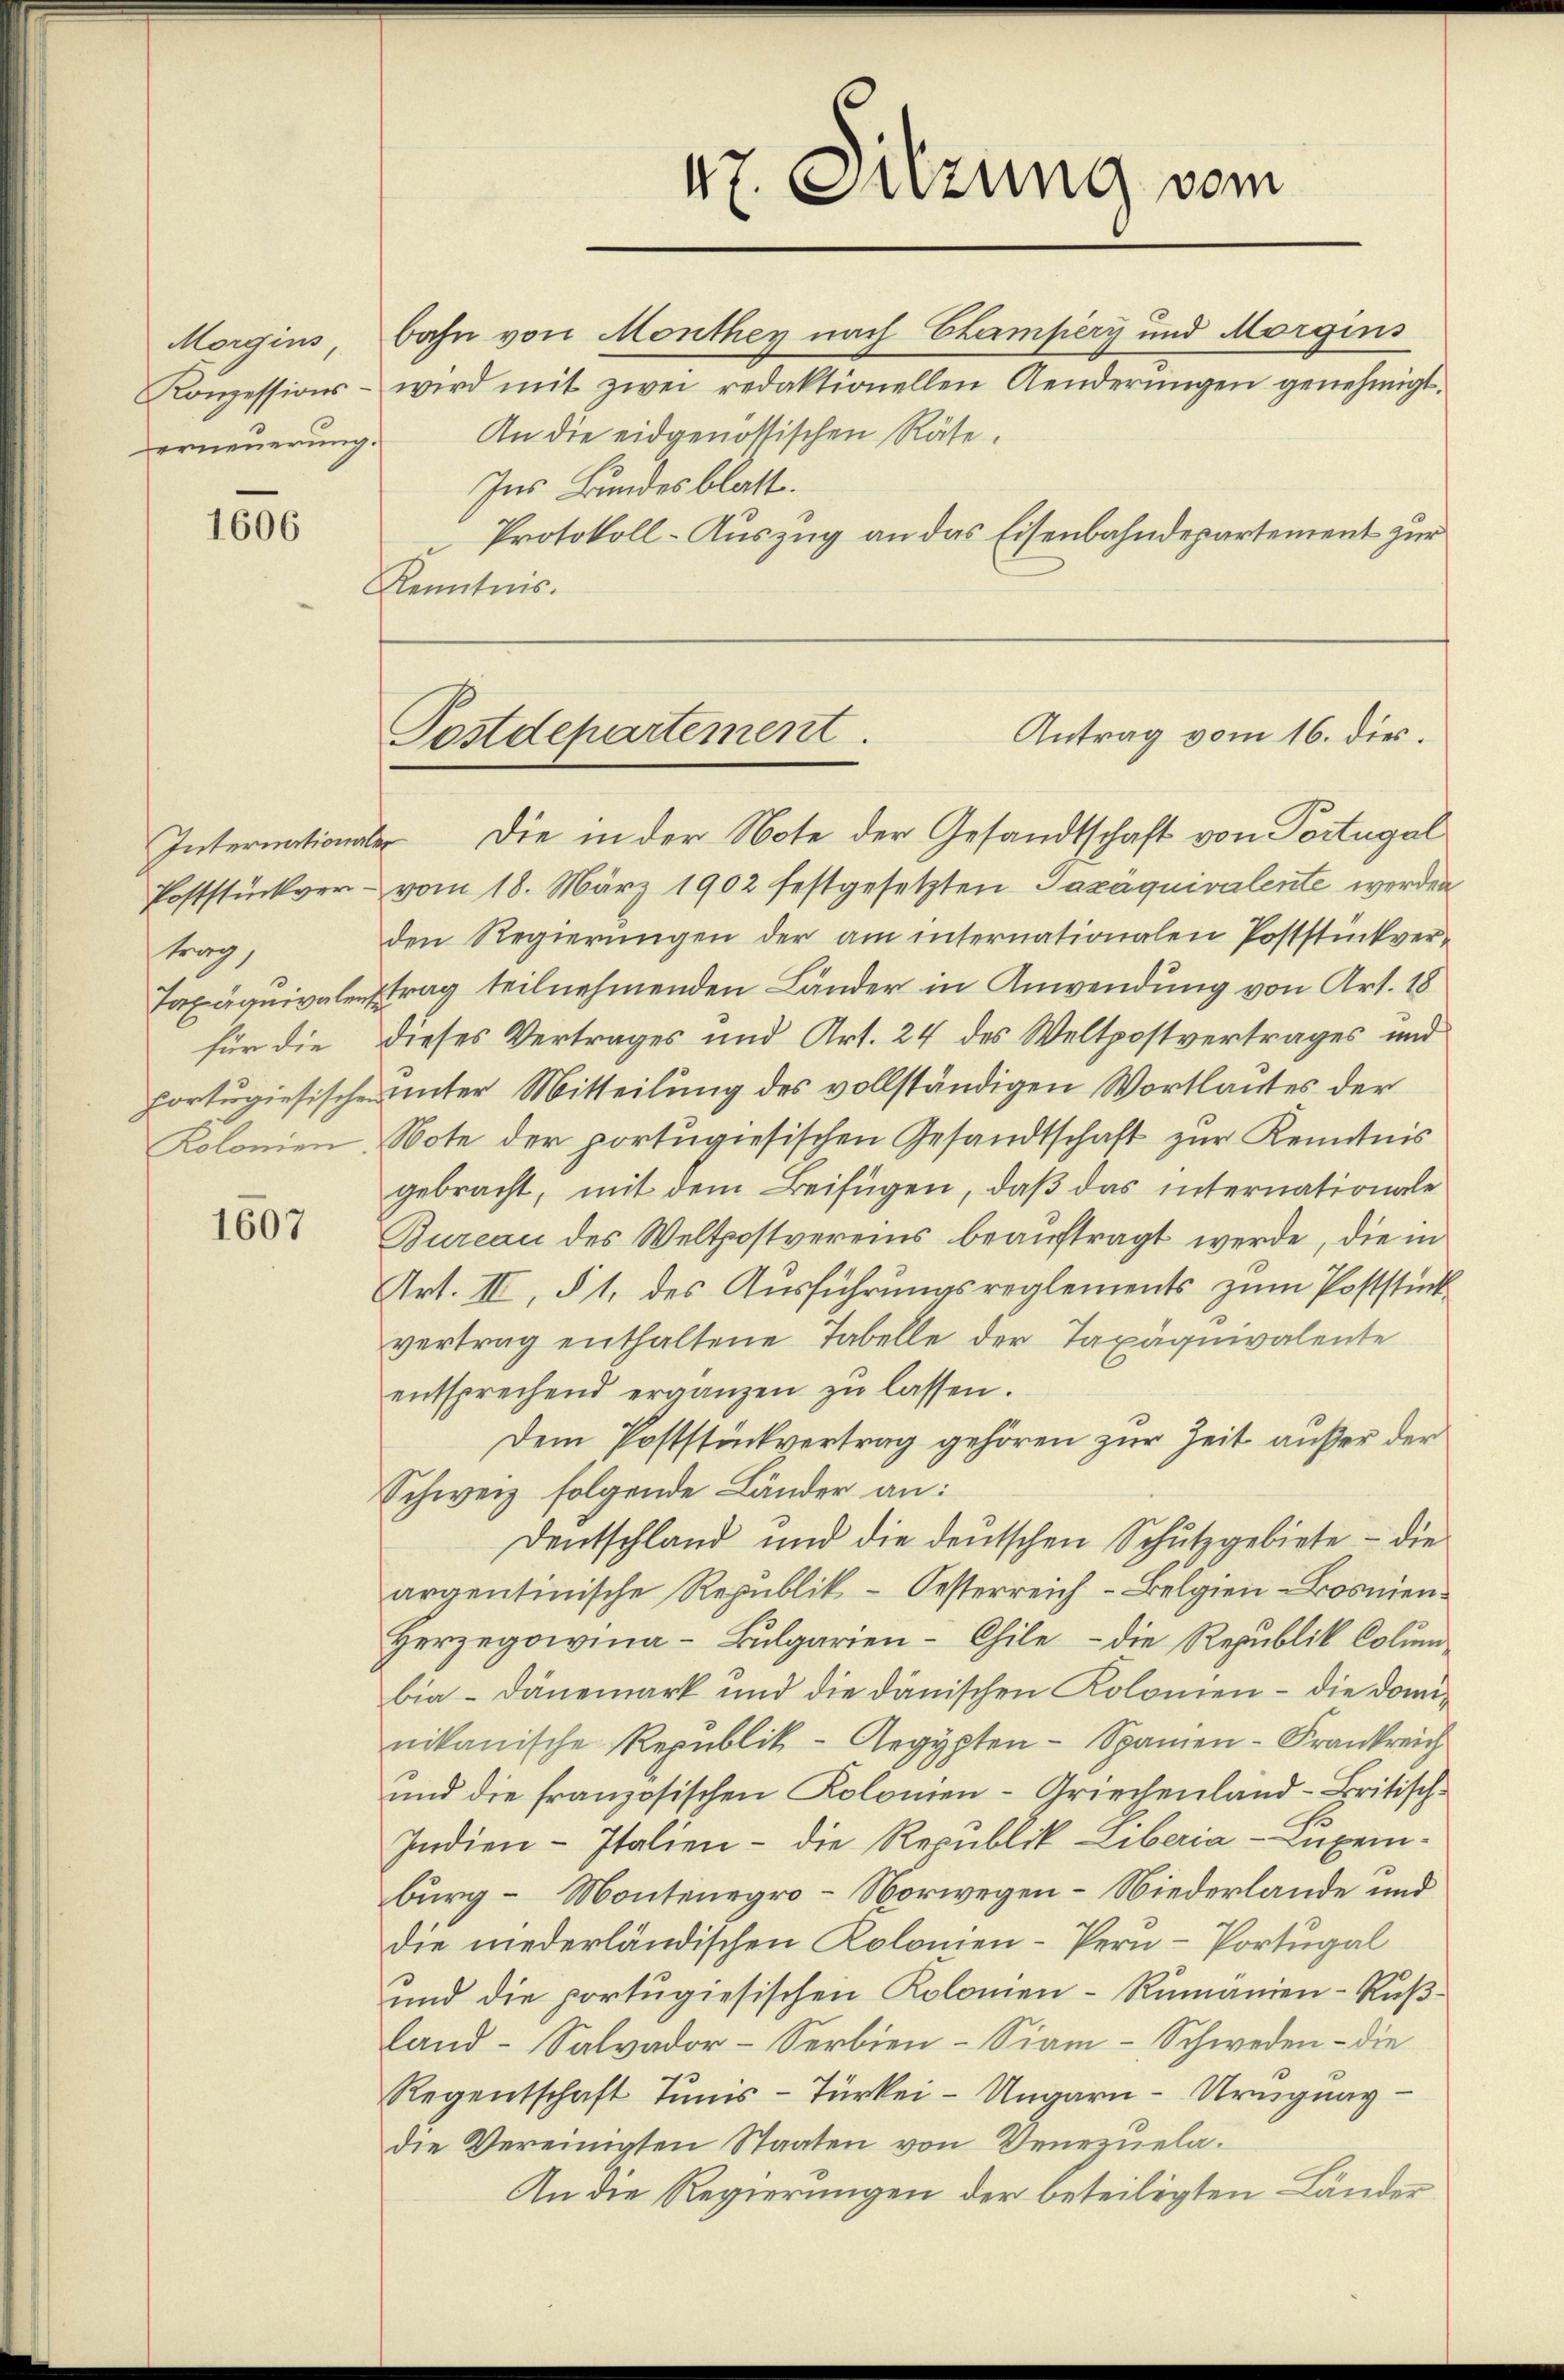
1606

trag,
für die

1607

Morgins Bahn von Monthey nach Champery und Morgins
Konzessions- wird mit zwei redaktionellen Aenderŭngen genehmigt.
erneŭerŭng. An die eidgenössischen Räte.
Ins Bundesblatt.
Protokoll-Auszug an das Eisenbahndepartement zur
Kenntnis.

47. Sitzung vom

Internationale die in der Note der Gesandtschaft von Portugal
Poststückver- vom 18. März 1902 festgesetzten Pazäquivalente werden
den Regierungen der am internationalen Poststückver¬
Taxäquivalentrag teilnehmenden Länder in Anwendung von Art. 18
dieses Vertrages und Art. 24 des Weltpostvertrages und
portugisische unter Mitteilung des vollständigen Wortlautes der
Kolonien, Note der portŭgiesischen Gesandtschaft zŭr Kenntnis
gebracht, mit dem Beifügen, daß das internationale
Bureau des Weltpostvereins beauftragt werde, die in
Art. II, § 1, des Ausführungsreglements zum Poststück
vertrag enthaltene Tabelle der Taxäquivalente
entsprechend ergänzen zŭ lassen.
Dem Poststückvertrag gehören zur Zeit außer der
Schweiz folgende Länder an:
Dentschland und die deutschen Schutzgebiete - die
argentinische Republik - Oesterreich-Belgien Bosnien¬
Herzegowina-Bulgarien-Chile – die Republik Columbia-Dänemark und die dänischen Kolonien - die Dominikanische Republik-Aegypten- Spanien-Frankreich
und die französischen Kolonien-Griechenland-Britisch-
Indien-Italien - die Republik Liberia-Luxemburg - Montenegro -Norwegen – Niederlande und
die niederländischen Kolonien-Pern-Portugal
und die portugiesischen Kolonien-Rumänien-Ruß¬
Land-Salvador-Serbien-Siam- Schweden - die
Regentschaft Tunis-Türkei - Ungarn - Urugung
die Vereinigten Staaten von Venezuela¬
An die Regierungen der beteiligten Länder

Antrag vom 16. dies.
Postdepartement.